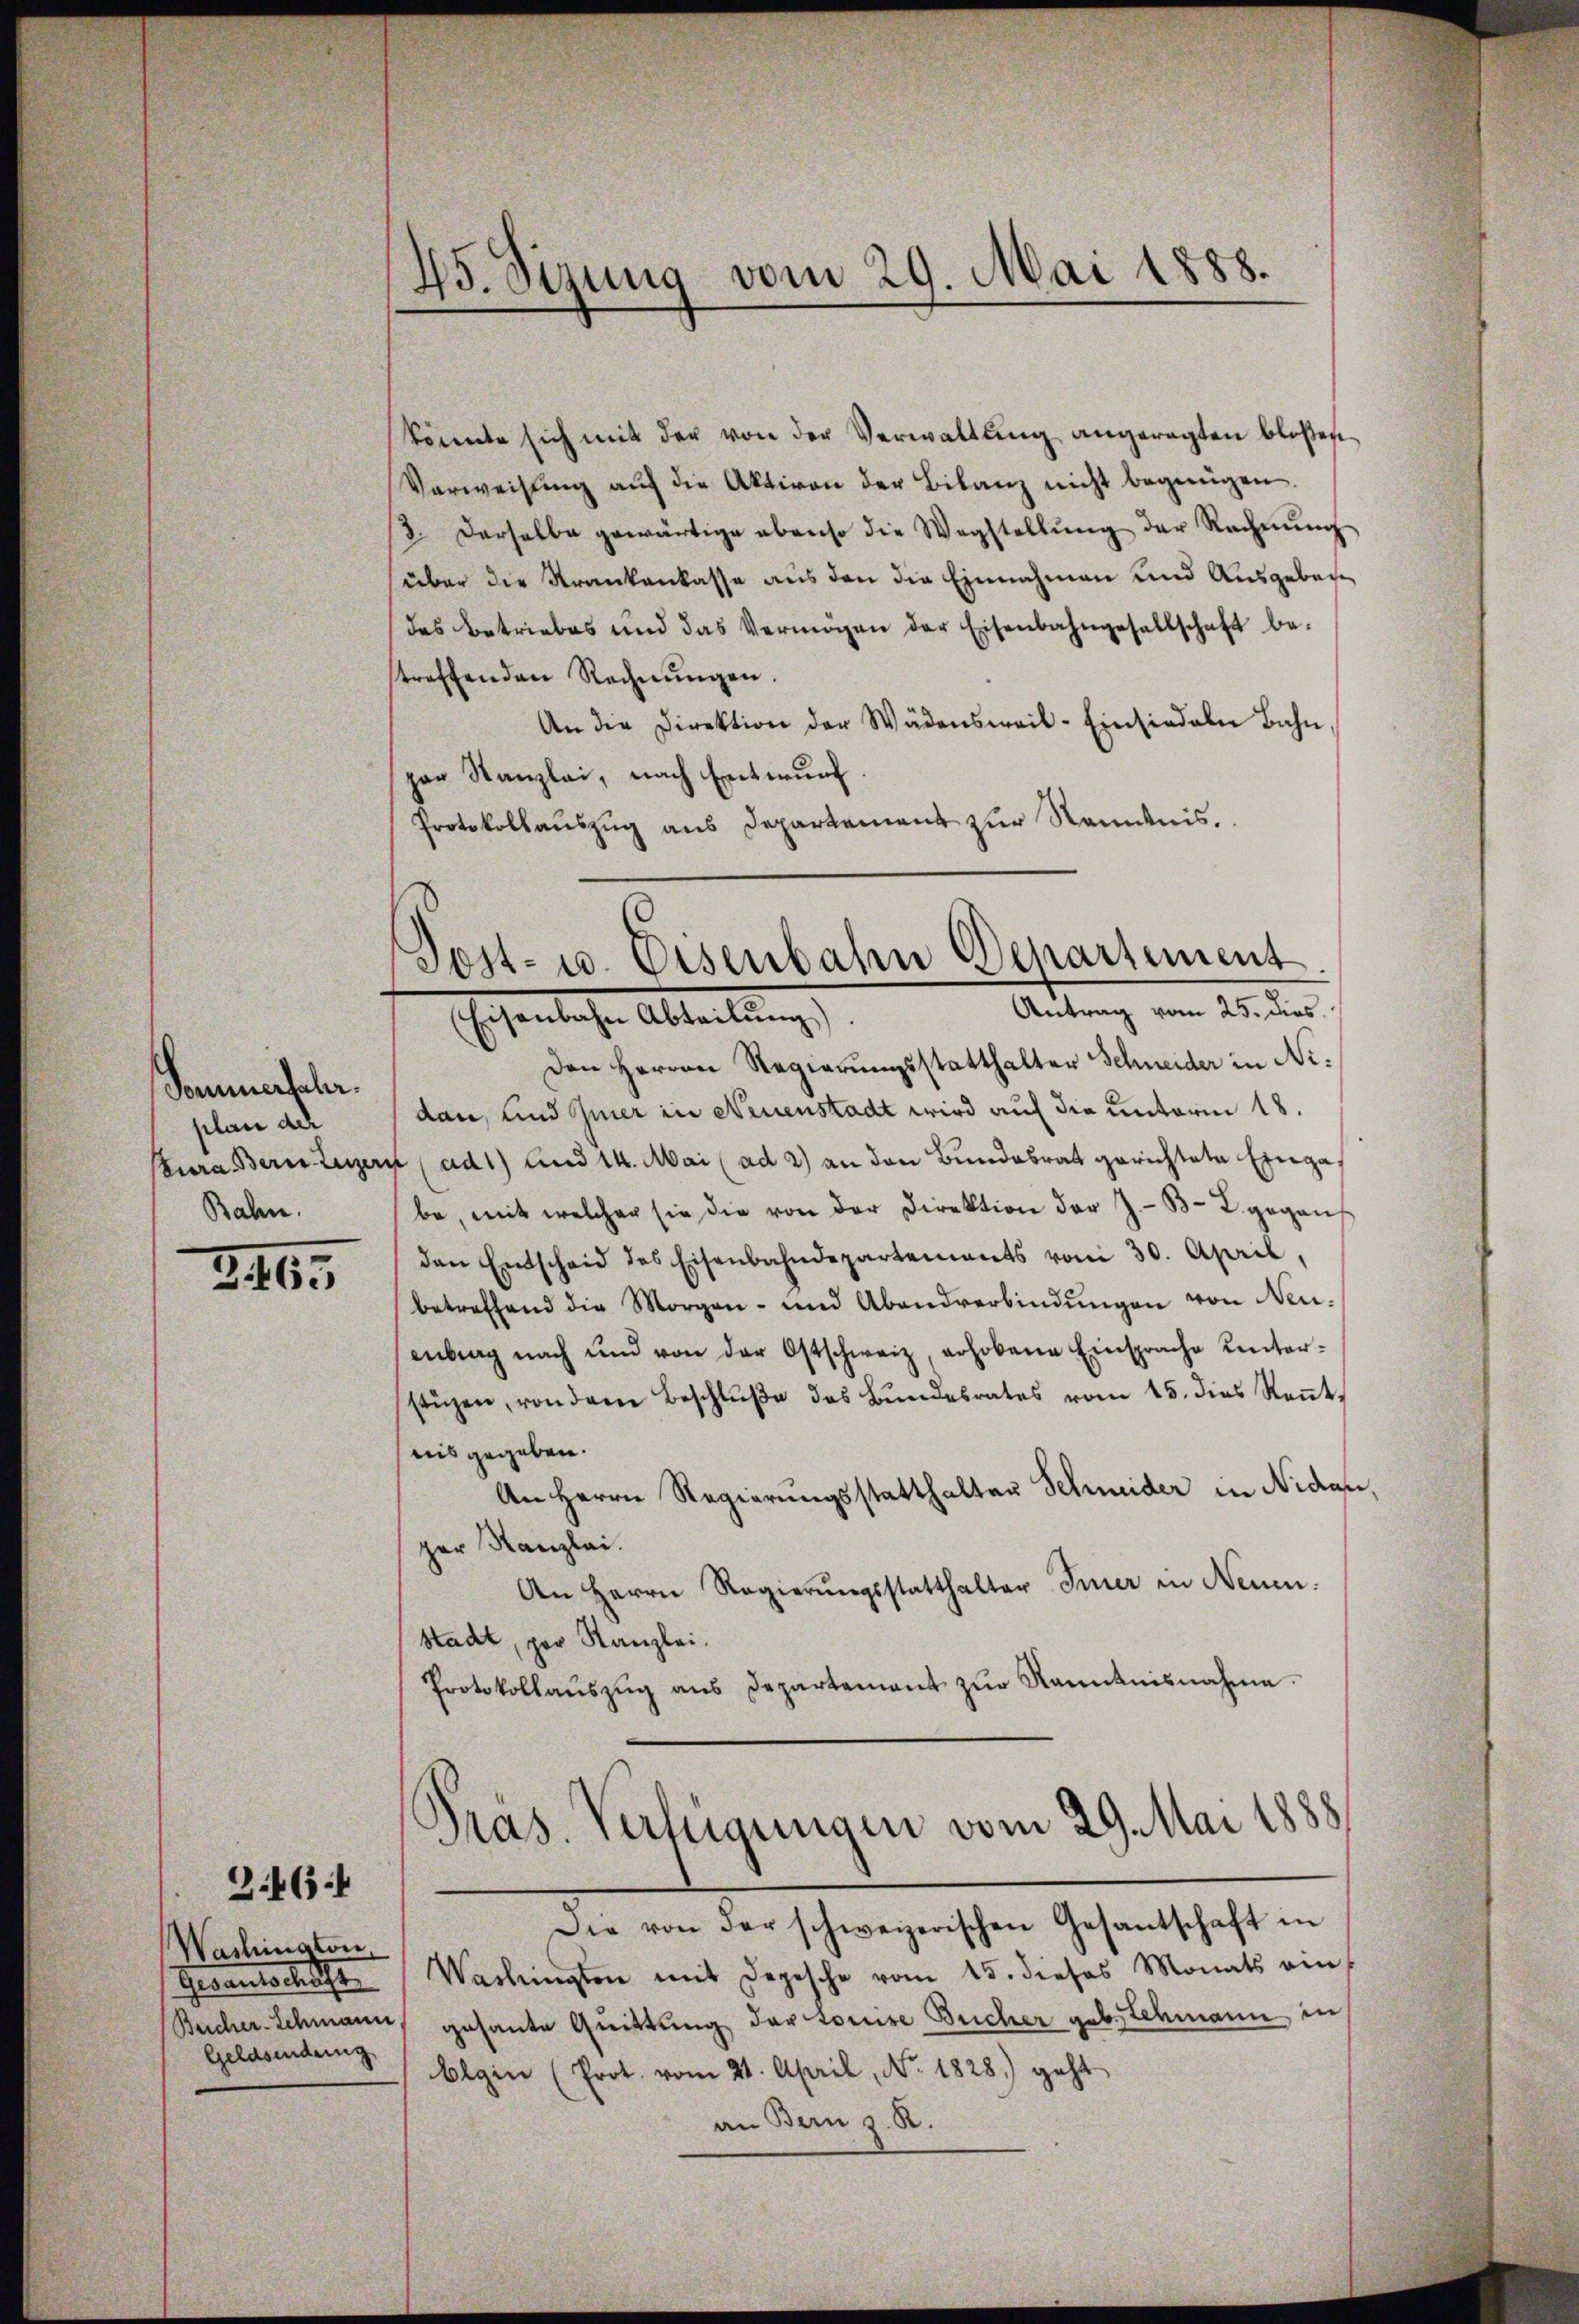
Sommersaler.
plan dch
Bahn.

2465

Z.464

Washinaton
Gevantschaft
Geldsendung

45. Sizung vom 29. Mai 1888.

könnte sich mit der von der Verwaltŭng angeregten bloßen
Verweisŭng aŭf die Aktiven der Bilanz nicht begnügen.
3. Derselbe gewärtige ebenso die Wegstellŭng der Rechnŭng
über die Krankenkasse aus den die Einnahmen und Ausgebene
des Betriebes und das Vermögen der Eisenbahngesellschaft be-
treffenden Rechnŭngen.
An die Direktion der Wädensweil-Einsiedler Bahn,
par Kanzlei, nach Entwurf.
Protokollaŭszŭg ans Departement zur Kenntnis.

Den Herren Regierŭngsstatthalter Schneider in Nidan, und Gier in Neuenstadt wird auf die unterm 18.
Kura Bern Luzern (ad 1) und 14. Mai (ad 2) an den Bundesrat gerichtete Eingas
be, mit welcher sie die von der Direktion der J.-B- 2. gegens
den Entscheid des Eisenbahndepartements vom 30. April,
betreffend die Morgen- und Abandverbindungen von Neuenberg nach und von der Ostschweiz, erhobene Einsprache Kinter-
stüzen, von dem Beschlŭβe des Bŭndesrates vom 15. dies Reṅt
nis gegeben.
An Herrn Regierungsstatthalter Schmeider in Nidau,
per Kanzlei.
An Herrn Regierŭngsstatthalter Inner in Neuen.
stadt, par Kanzlei.
Protokollaŭszŭg ans Departement zŭr Kanntnisnahme.

Post- u. Eisenbahn Departement
Antrag vom 25. dies
Eschenlichen Abteilung

¬
Präs. Verfügungen vom 29. Mai 1888

Die von der schweizerischen Gesantschaft in
Washingten mit Depesche vom 15. dieses Monats ein
Bucher-Schmann, gesante Quittung dartorise Bucher gebischmann in
blgin (Prot. vom 21. April, No. 1828.) geht
an Bern z. R.